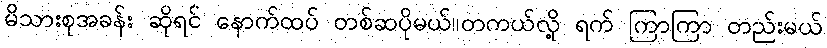
မိသားစုအခန်း ဆိုရင် နောက်ထပ် တစ်ဆပိုမယ်။တကယ်လို့ ရက် ကြာကြာ တည်းမယ်